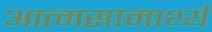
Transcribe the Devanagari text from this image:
आत्मसामार्थ्य